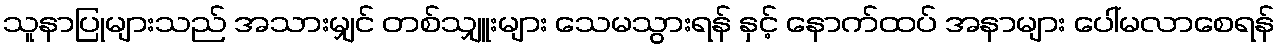
သူနာပြုများသည် အသားမျှင် တစ်သျှူးများ သေမသွားရန် နှင့် နောက်ထပ် အနာများ ပေါ်မလာစေရန်